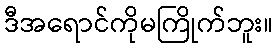
ဒီအရောင်ကိုမကြိုက်ဘူး။